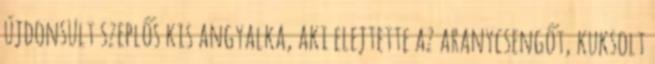
újdonsült szeplős kis angyalka, aki elejtette az aranycsengőt, kuksolt